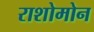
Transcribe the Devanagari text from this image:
राशोमोन